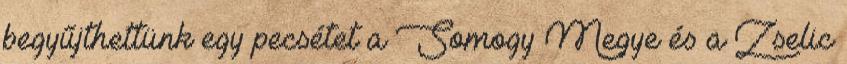
begyűjthettünk egy pecsétet a Somogy Megye és a Zselic